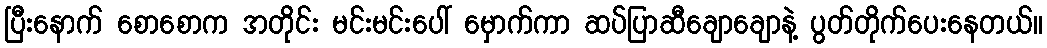
ပြီးနောက် စောစောက အတိုင်း မင်းမင်းပေါ် မှောက်ကာ ဆပ်ပြာဆီချောချောနဲ့ ပွတ်တိုက်ပေးနေတယ်။